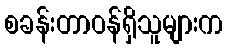
စခန်းတာဝန်ရှိသူများက